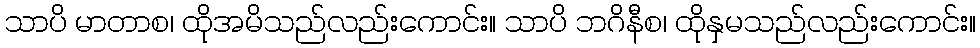
သာပိ မာတာစ၊ ထိုအမိသည်လည်းကောင်း။ သာပိ ဘဂိနီစ၊ ထိုနှမသည်လည်းကောင်း။